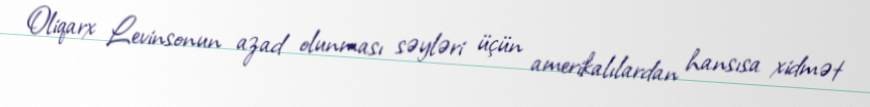
Oliqarx Levinsonun azad olunması səyləri üçün amerikalılardan hansısa xidmət